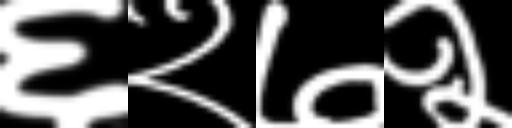
Text: ६२७२